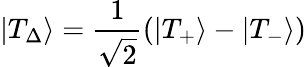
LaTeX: \left|{{T_{\Delta}}}\right\rangle=\frac{1}{{\sqrt 2}}\left({\left|{{T_{+}}}\right\rangle-\left|{{T_{-}}}\right\rangle}\right)